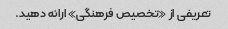
تعریفی از «تخصیص فرهنگی» ارائه دهید.